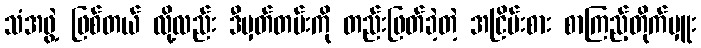
သံအဖွဲ့ ဖြစ်တယ် လို့လည်း ဒီမှတ်တမ်းကို တည်းဖြတ်ခဲ့တဲ့ အငြိမ်းစား စာကြည့်တိုက်မှူး